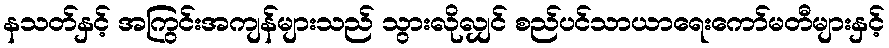
နသတ်နှင့် အကြွင်းအကျန်များသည် သွားလိုလျှင် စည်ပင်သာယာရေးကော်မတီများနှင့်